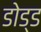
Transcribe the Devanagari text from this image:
डोड्ड